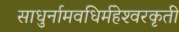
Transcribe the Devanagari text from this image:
साधुर्नामवधिर्महेश्‍वरकृती